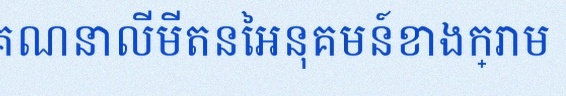
គណនាលីមីតនៃអនុគមន៍ខាងក្រោម